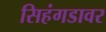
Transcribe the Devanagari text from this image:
सिहंगडावर